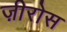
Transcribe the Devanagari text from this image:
ज़ीरोस